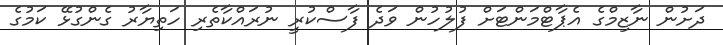
ދަށުން ނާޒިމްގެ އެޕާޓްމަންޓަށް ފުލުހުން ވަދެ ފާސްކުރީ ނުރައްކާތެރި ހަތިޔާރު ގެންގުޅޭ ކަމުގެ